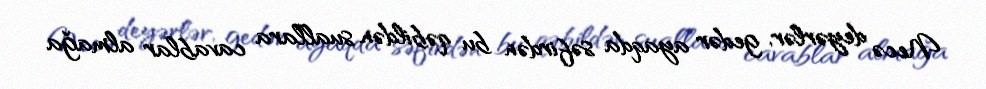
Necə deyərlər, gedər ayaqda səfirdən bu qəbildən suallara cavablar almağa